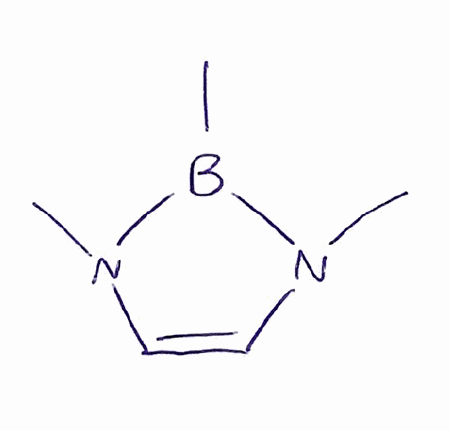
Simplified molecular-input line-entry system (SMILES) notation of the given molecule:
B1(N(C=CN1C)C)C